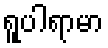
ရူပါရာမာ